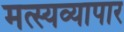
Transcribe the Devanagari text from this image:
मत्स्यव्यापार